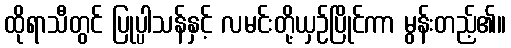
ထိုရာသီတွင် ပြုပ္ပါသန်နှင့် လမင်းတို့ယှဉ်ပြိုင်ကာ မွန်းတည့်၏။